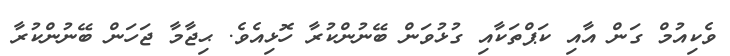
ވެކިއުމް ގަން އާއި ކަޕްތަކާއި ގުޅުވަން ބޭނުންކުރާ ހޮޅިއެވެ. ޙިޖާމާ ޖަހަން ބޭނުންކުރާ